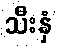
သီးနှံ